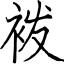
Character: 袯